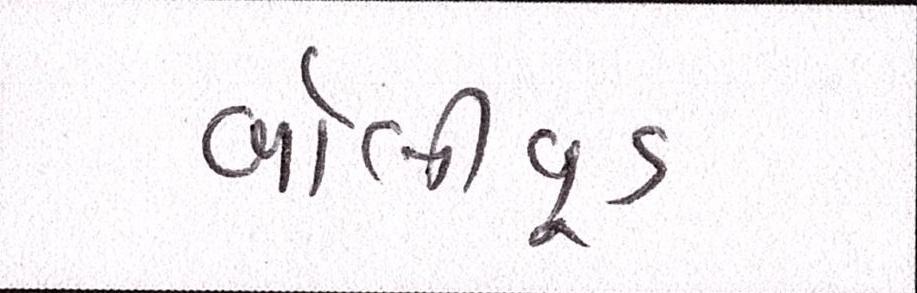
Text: બૉલીવૂડ